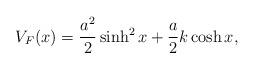
LaTeX: \begin{align*}V_F(x)=\frac{a^2}2\sinh^2x+\frac a2 k\cosh x,\end{align*}